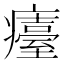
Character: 𤻡